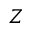
Z